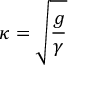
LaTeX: \kappa = { \sqrt { \frac { g } { \gamma } } }